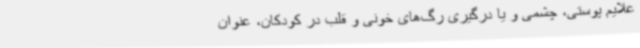
علایم پوستی، چشمی و یا درگیری‌ رگ‌های خونی و قلب در کودکان، عنوان